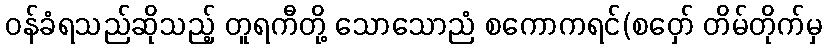
ဝန်ခံရသည်ဆိုသည့် တူရကီတို့ သောသောညံ စကောကရင်(စဝှော် တိမ်တိုက်မှ